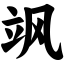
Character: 飒